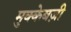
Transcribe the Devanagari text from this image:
मुक्केबज़ी